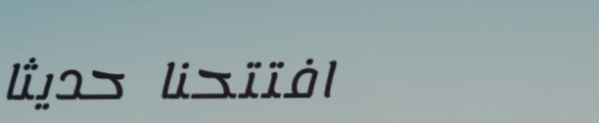
افتتحنا حديثاً